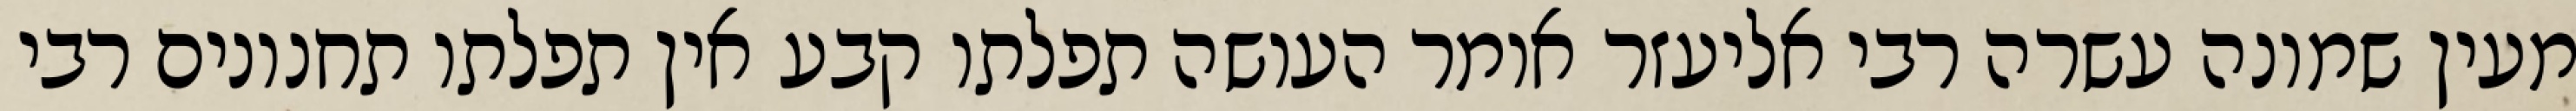
מעין שמונה עשרה רבי אליעזר אומר העושה תפלתו קבע אין תפלתו תחנונים רבי